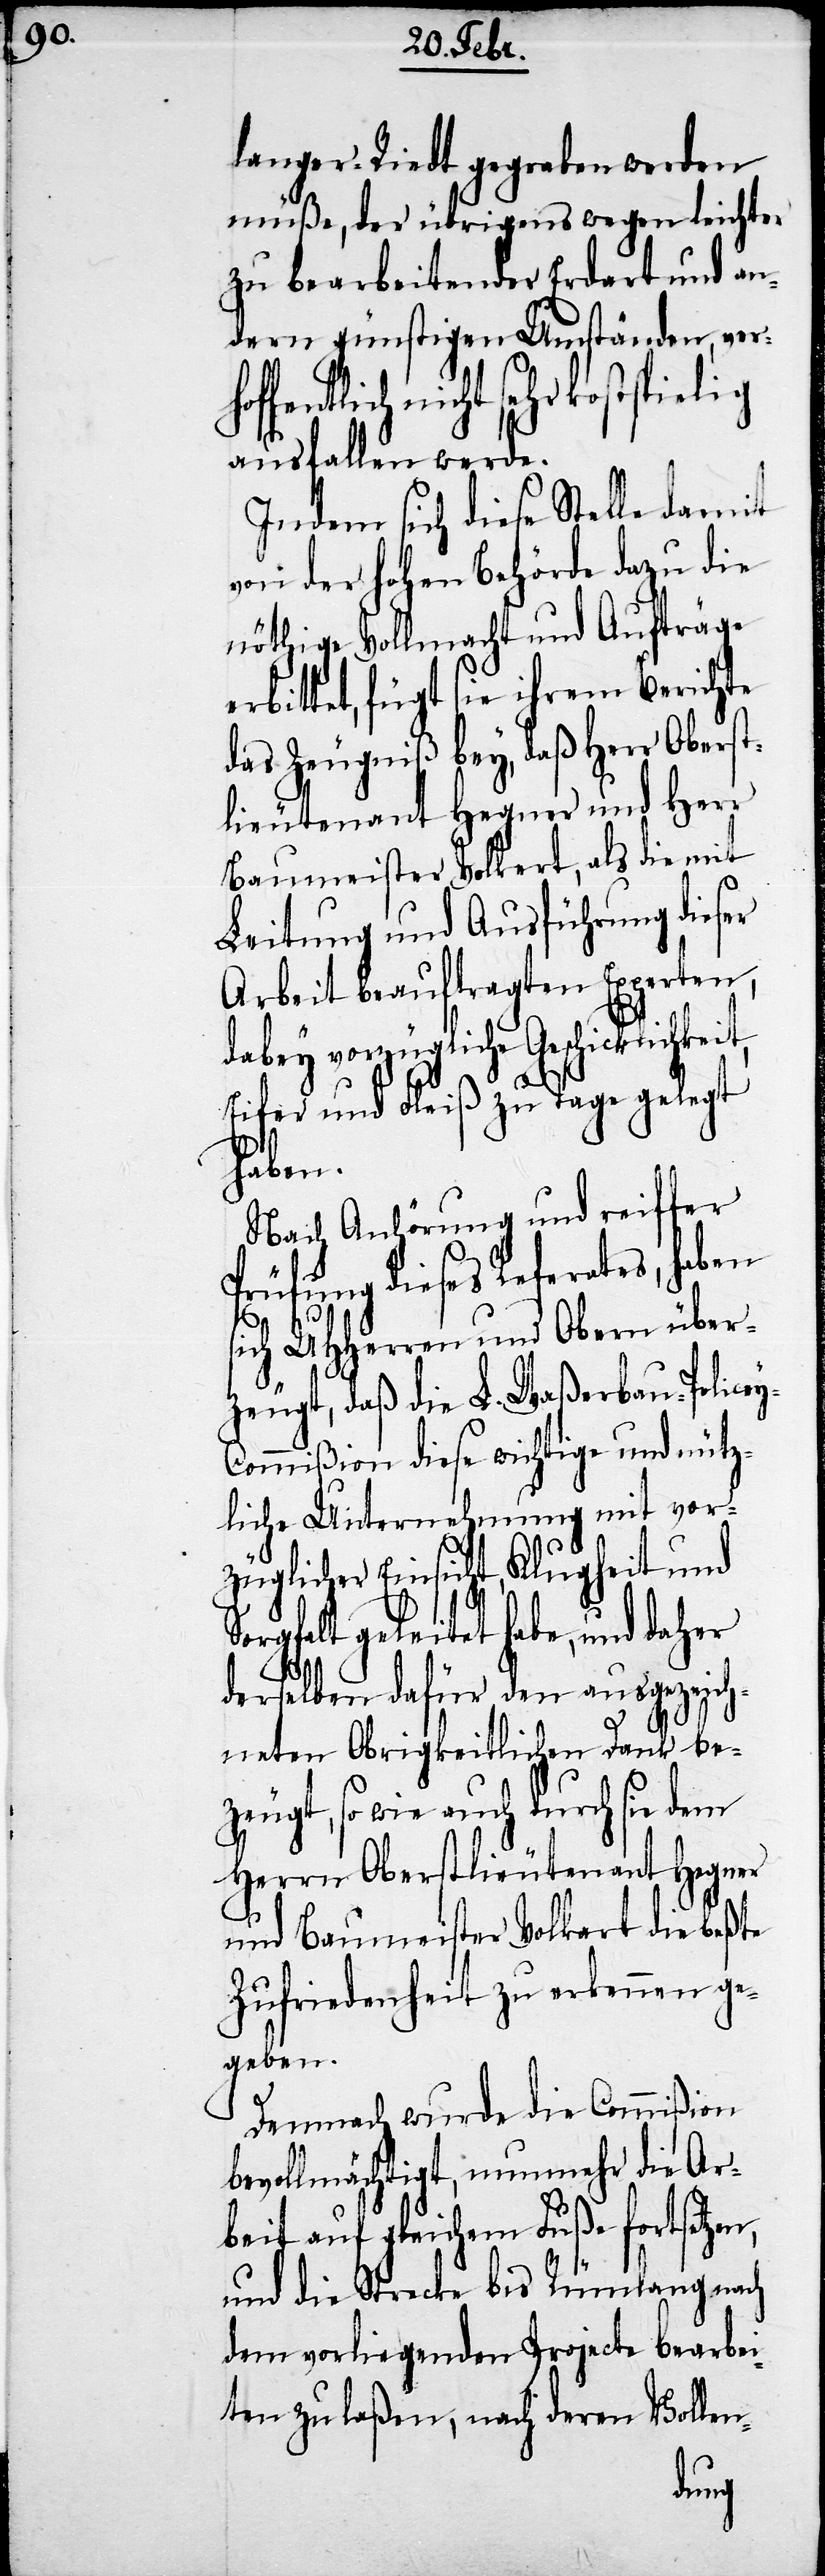
langer-Riedt gegraben werden
müße, der übrigens wegen leichter
zu bearbeitender Erdart und an¬
dern günstigen Umständen, ver¬
fentlich nicht sehr kostspielig
ausfallen werde.
Indem sich diese Stelle damit
von der Hhohen Behörde dazu die
nöthige Vollmacht und Aufträge
erbittet, fügt sie ihrem Berichte
das Zeugniß bey, daß Herr Oberst¬
lieutenant Hegner und Herr
Baumeister Volkert, als die mit
Leitung und Ausführung dieser
Arbeit beauftragten Experten,
dabey vorzügliche Geschicklichkeit,
y-C¬
Eifer und Fleiß zu Tage gelegt
haben.
Nach Anhörung und reiffer
Prüfung dieses Referates, haben
sich UHHerren und Obern über¬
zeugt, daß die L. Waßerbau-Police¬
ommißion diese wichtige und nütz¬
liche Unternehmung mit vor¬
züglicher Einsicht, Klugheit und
Sorgfalt geleitet habe, und daher
derselben dafür den ausgezeich¬
neten Obrigkeitlichen Dank be¬
zeugt, so wie auch durch sie dem
Herrn Oberstlieutenant Hegner
und Baumeister Volkert die beßte
Zufriedenheit zu erkennen ge¬
geben.
Demnach wurde die Commißion
bevollmächtigt, nunmehr die Ar¬
beit auf gleichem Fuße fortsetzen,
und die Strecke bis Rümlang nach
dem vorliegenden Projecte bearbei¬
ten zu laßen, nach deren Vollen-